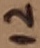
Text: 12